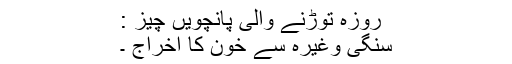
روزہ توڑنے والی پانچویں چيز :
سنگی وغیرہ سے خون کا اخراج ۔